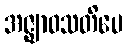
အဇ္ဈာဝသတိပေ